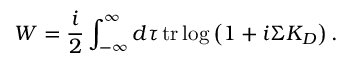
W = { \frac { i } { 2 } } \int _ { - \infty } ^ { \infty } d \tau \, \mathrm { t r } \log \left( 1 + i \Sigma K _ { D } \right) .